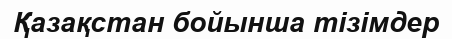
Қазақстан бойынша тізімдер